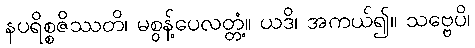
နပရိစ္စဇိဿတိ၊ မစွန့်ပေလတ္တံ့။ ယဒိ၊ အကယ်၍။ သဗ္ဗေပိ၊